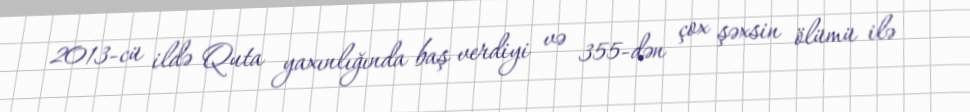
2013-cü ildə Quta yaxınlığında baş verdiyi və 355-dən çox şəxsin ölümü ilə